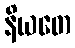
နိယတေ